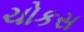
ચોકસ